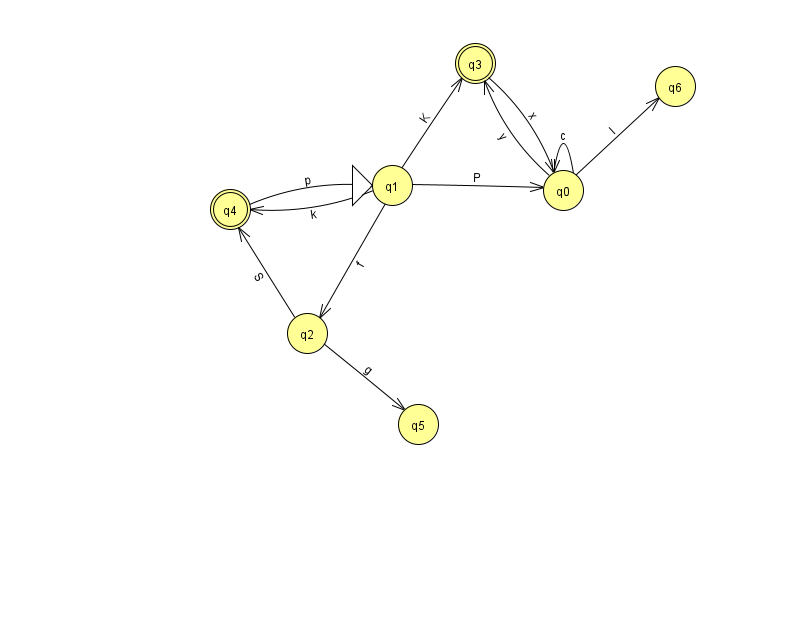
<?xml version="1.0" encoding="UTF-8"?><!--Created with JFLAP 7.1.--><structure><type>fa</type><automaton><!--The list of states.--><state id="0" name="q0"><x>563.0</x><y>177.0</y></state><state id="1" name="q1"><x>392.0</x><y>172.0</y><initial/></state><state id="2" name="q2"><x>307.0</x><y>320.0</y></state><state id="3" name="q3"><x>475.0</x><y>50.0</y><final/></state><state id="4" name="q4"><x>230.0</x><y>196.0</y><final/></state><state id="5" name="q5"><x>418.0</x><y>411.0</y></state><state id="6" name="q6"><x>675.0</x><y>73.0</y></state><!--The list of transitions.--><transition><from>2</from><to>5</to><read>g</read></transition><transition><from>4</from><to>1</to><read>p</read></transition><transition><from>0</from><to>0</to><read>c</read></transition><transition><from>1</from><to>2</to><read>f</read></transition><transition><from>3</from><to>0</to><read>x</read></transition><transition><from>0</from><to>3</to><read>y</read></transition><transition><from>0</from><to>6</to><read>l</read></transition><transition><from>2</from><to>4</to><read>S</read></transition><transition><from>1</from><to>3</to><read>K</read></transition><transition><from>1</from><to>4</to><read>k</read></transition><transition><from>1</from><to>0</to><read>P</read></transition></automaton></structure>